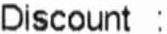
DISCOUNT :